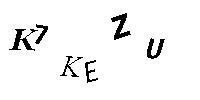
K7KEZU